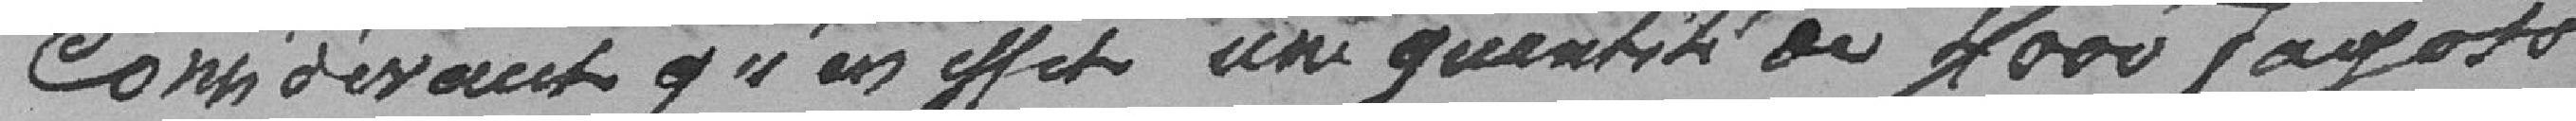
Considérant qu'en effet uniquement à 4000 fagots